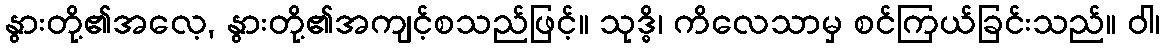
နွားတို့၏အလေ့, နွားတို့၏အကျင့်စသည်ဖြင့်။ သုဒ္ဓိ၊ ကိလေသာမှ စင်ကြယ်ခြင်းသည်။ ဝါ၊